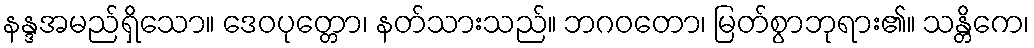
နန္ဒအမည်ရှိသော။ ဒေဝပုတ္တော၊ နတ်သားသည်။ ဘဂဝတော၊ မြတ်စွာဘုရား၏။ သန္တိကေ၊